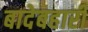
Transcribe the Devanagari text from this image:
बादेबहारी